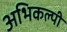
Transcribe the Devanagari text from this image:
अभिकल्पी